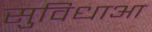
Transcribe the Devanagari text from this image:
सुविधाआ